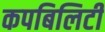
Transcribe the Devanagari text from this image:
कपबिलिटी